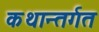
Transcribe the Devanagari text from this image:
कथान्तर्गत